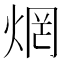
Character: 焹